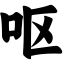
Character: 呕